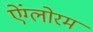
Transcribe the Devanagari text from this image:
ऐंग्लोरम